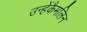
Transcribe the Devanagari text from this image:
उन्हेंकैमलिन